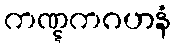
ကဏ္ဋကဂဟနံ